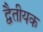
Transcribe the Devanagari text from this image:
द्वैतीयक